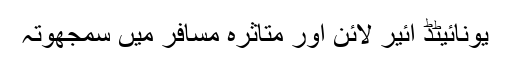
یونائیٹڈ ائیر لائن اور متاثرہ مسافر میں سمجھوتہ